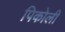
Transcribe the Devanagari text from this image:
पिकोली